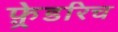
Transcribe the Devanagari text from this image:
फ़्रेडरिच